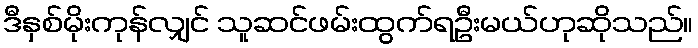
ဒီနှစ်မိုးကုန်လျှင် သူဆင်ဖမ်းထွက်ရဦးမယ်ဟုဆိုသည်။